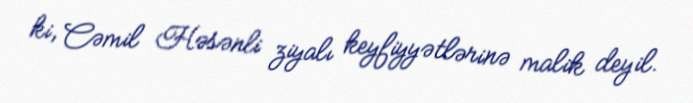
ki, Cəmil Həsənli ziyalı keyfiyyətlərinə malik deyil.